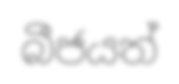
බීජයත්